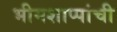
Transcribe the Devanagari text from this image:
भीमशाप्पांची